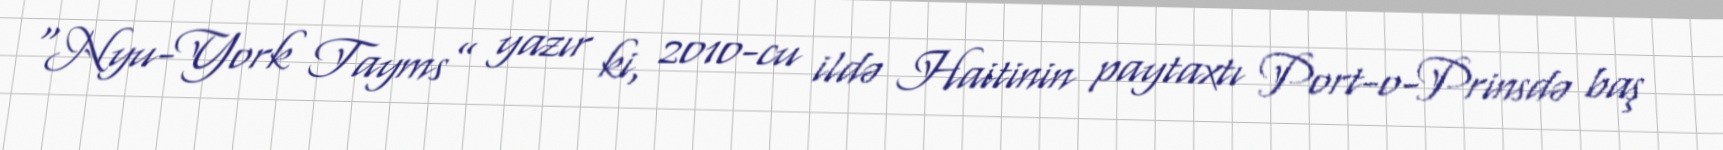
“Nyu-York Tayms” yazır ki, 2010-cu ildə Haitinin paytaxtı Port-o-Prinsdə baş